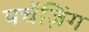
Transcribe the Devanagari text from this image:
पर्चेज़िंग